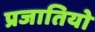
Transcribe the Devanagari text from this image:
प्रजातियो